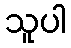
သူပါ